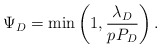
\begin{align*}\Psi_D =\min\left(1, \frac{\lambda_D}{p_{}P_D} \right).\end{align*}